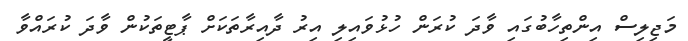
މަޖިލިސް އިންތިހާބުގައި ވާދަ ކުރަން ހުޅުވައިލި އިރު ދާއިރާތަކަށް ޕާޓީތަކުން ވާދަ ކުރައްވާ